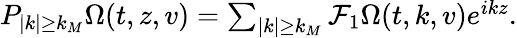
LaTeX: \begin{array}{r}{P_{|k|\geq k_{M}}\Omega(t,z,v)=\sum_{|k|\geq k_{M}}\mathcal{F}_{1}\Omega(t,k,v)e^{ikz}.}\end{array}